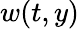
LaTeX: w(t,y)